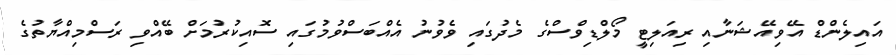
އައިލެންޑް އޭވިއޭޝަނާއި ރިއަލިޓީ މޯލްޑިވްސްގެ މެދުގައި ވެވުނު އެއްބަސްވުމުގައި ސޮއިކުރުމަށް ބޭއްވި ރަސްމިއްޔާތުގެ